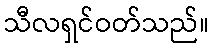
သီလရှင်ဝတ်သည်။